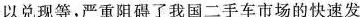
以兑现等，严重阻碍了我国二手车市场的快速发